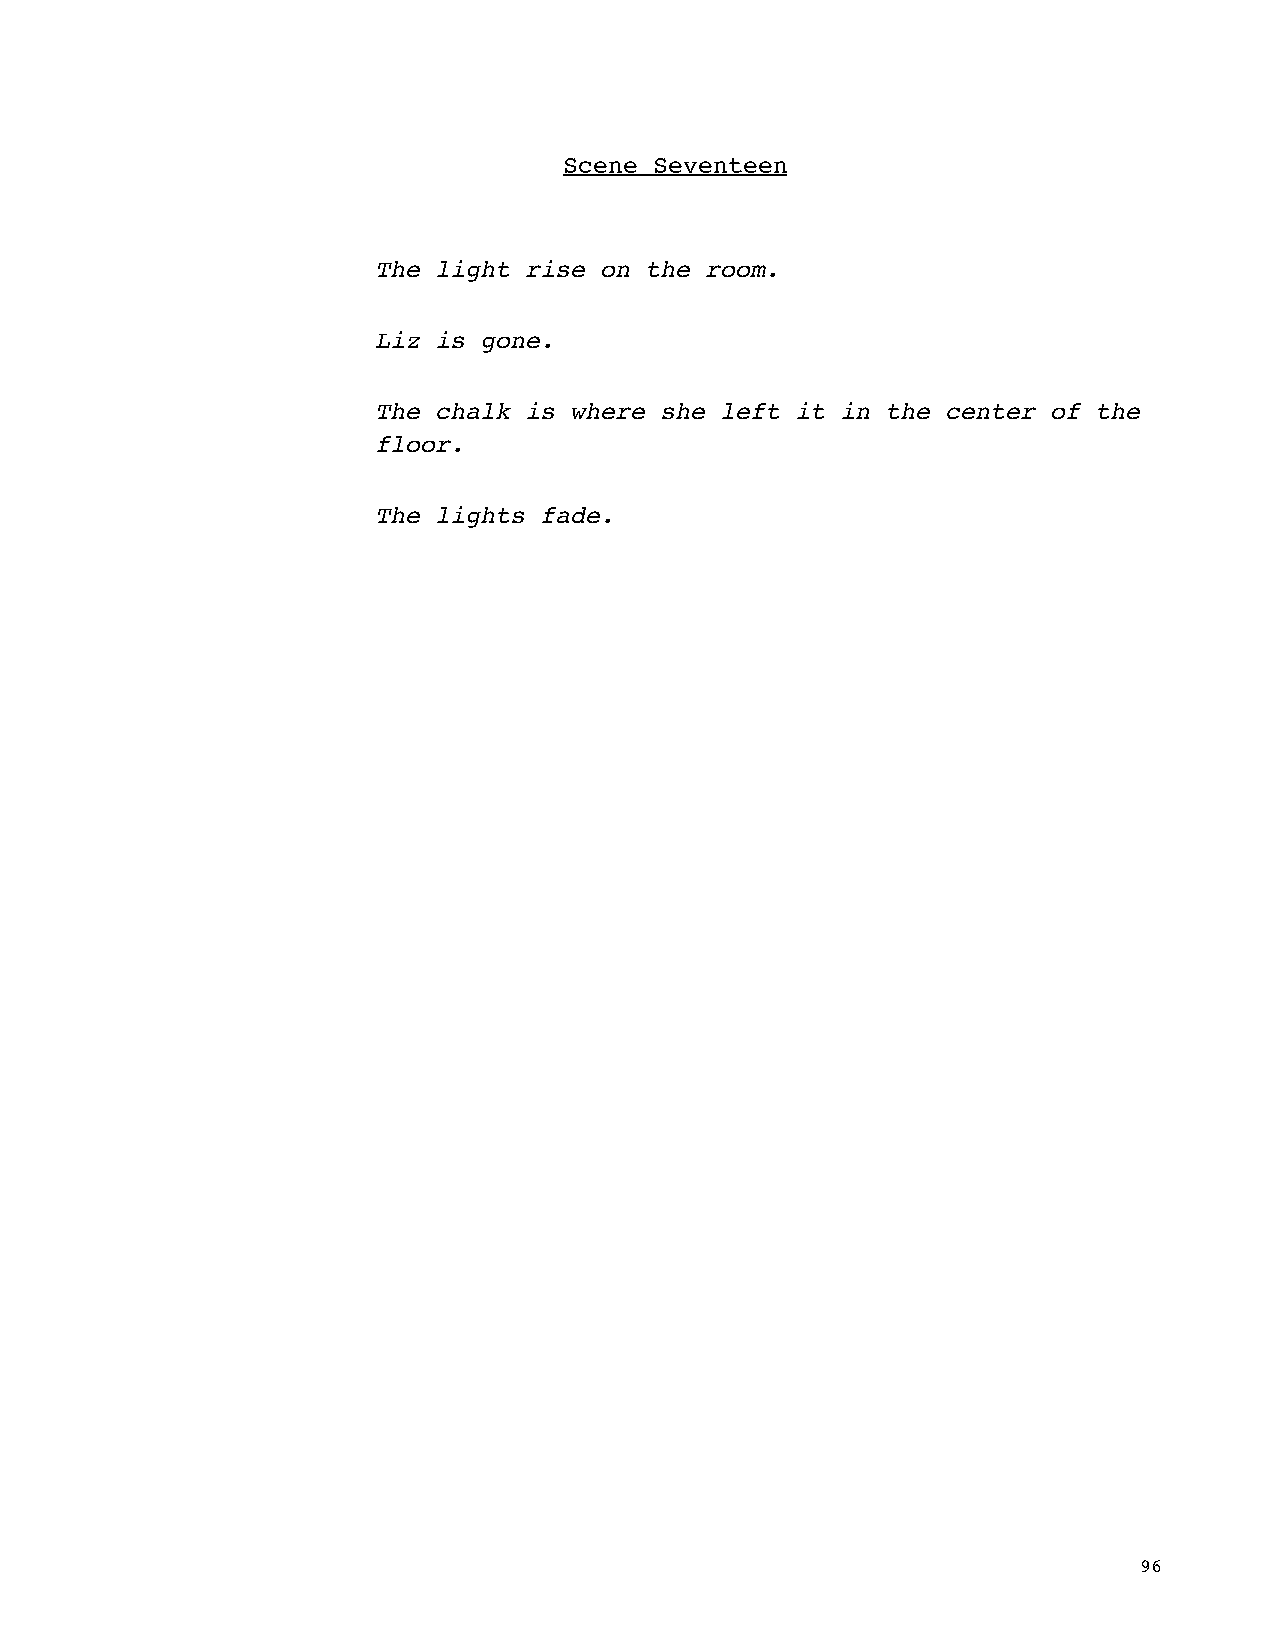
Scene Seventeen
 The light rise on the room.
 Liz is gone.
 The chalk is where she left it in the center of the
 floor.
 The lights fade.
 96